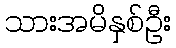
သားအမိနှစ်ဦး